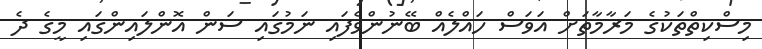
މިސްކިތްތަކުގެ މަރާމާތަށް އަވަސް ހައްލެއް ބޭނުންވެފައި ނަމުގައި ސަން އޮންލައިންގައި މީގެ ދެ